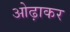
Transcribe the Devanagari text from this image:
ओढ़ाकर